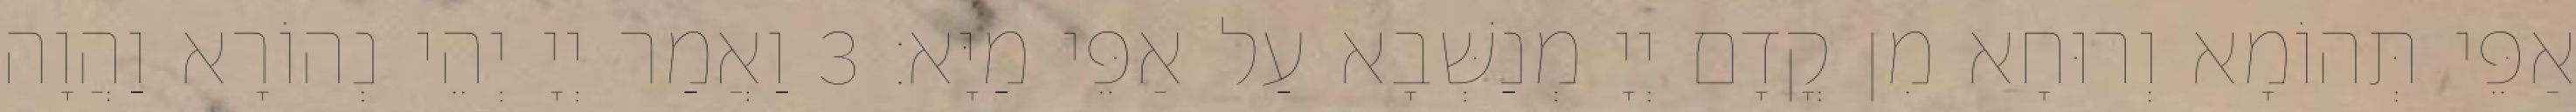
אַפֵּי תְּהוֹמָא וְרוּחָא מִן קֳדָם יְיָ מְנַשְּׁבָא עַל אַפֵּי מַיָּא׃ 3 וַאֲמַר יְיָ יְהֵי נְהוֹרָא וַהֲוָה